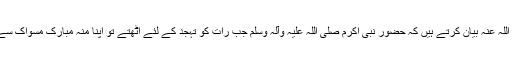
''حضرت حذیفہ رضی اللہ عنہ بیان کرتے ہیں کہ حضور نبی اکرم صلی اللہ علیہ وآلہ وسلم جب رات کو تہجد کے لئے اُٹھتے تو اپنا منہ مبارک مسواک سے صاف فرماتے تھے۔